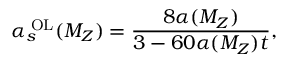
\alpha _ { s } ^ { \mathrm { \tiny ~ O L } } ( M _ { Z } ) = \frac { 8 \alpha ( { M _ { Z } } ) } { 3 - 6 0 \alpha ( M _ { Z } ) t } ,